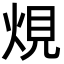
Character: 䙺